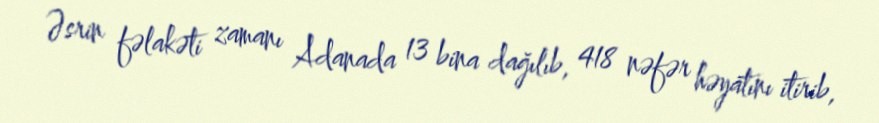
Əsrin fəlakəti zamanı Adanada 13 bina dağılıb, 418 nəfər həyatını itirib,